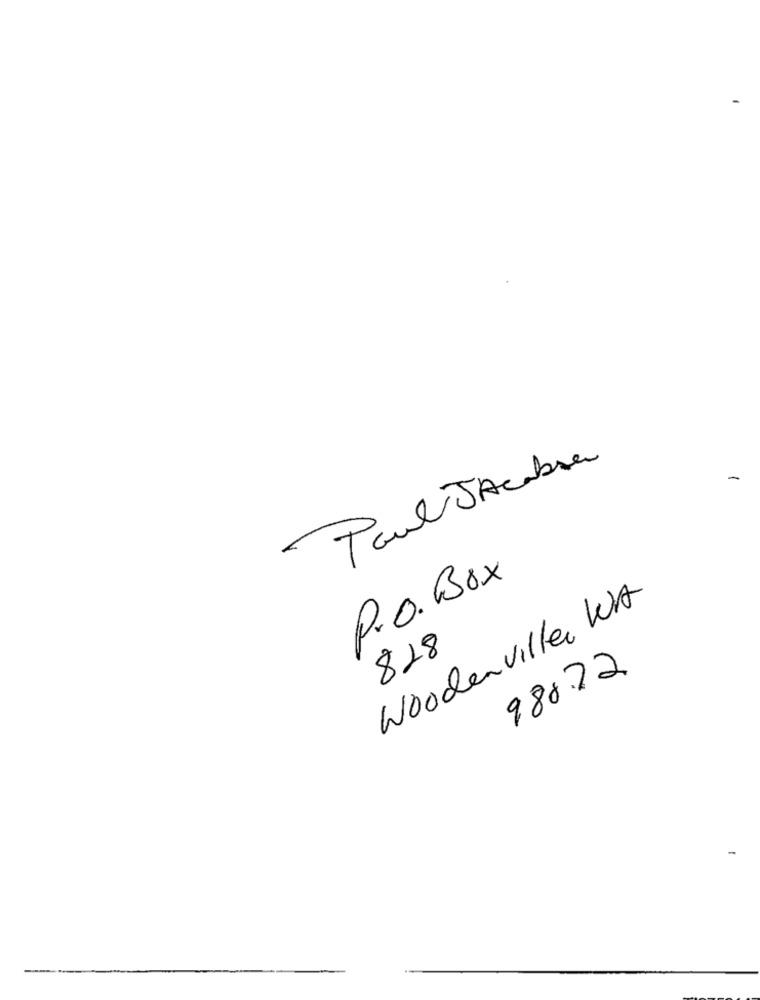
Taul Jacobsen
P.O. Box
Woodenville WA
828
988.72